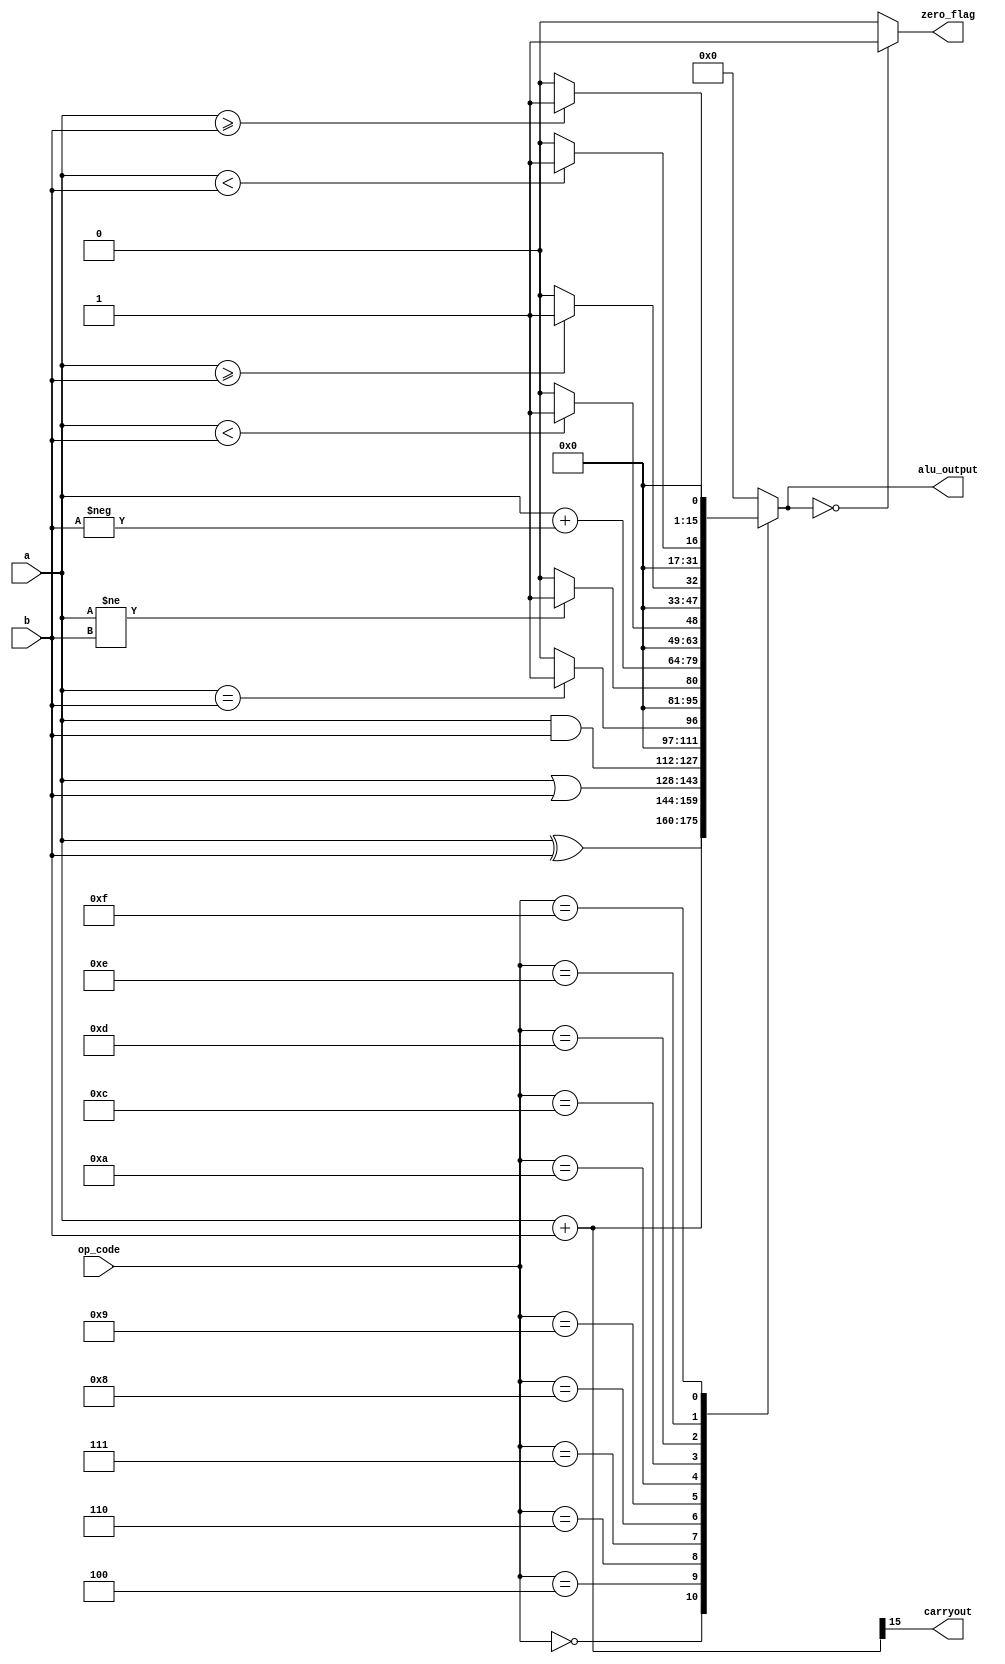
module alu (input [15:0] a,
            input [15:0] b, 
            input [3:0] op_code, 
            output [15:0] alu_output,
            output carryout,
            output zero_flag);
        
        
        reg [15:0] alu_output;
        reg zero_flag;
        assign carryout = ({1'b0,a} + {1'b0,b})>>15; //get the carryout bit and shift it at the zeroth position

    always @ (op_code or a or b)
        begin
            alu_output = 16'h0000;
            zero_flag = 1'b0;
            
            case(op_code) //perform operations based on op-code
                4'b0000:
                    alu_output = a+b;
                4'b0100:
                    alu_output = a^b;
                4'b0110:
                    alu_output = a|b;
                4'b0111:
                    alu_output = a&b;
                4'b1000: //LSB is one when A and B are equal
                    begin
                        if (a==b)
                            alu_output = 16'h0001;
                    end
                4'b1001: 
                    begin
                        if (a!=b)
                            alu_output = 16'h0001;
                    end
                4'b1010:
                    alu_output = a+(-b);
                4'b1100: //LSB is one when A is less than B(signed)
                    begin
                        if($signed(a) < $signed(b))
                            alu_output = 16'h0001;
                    end    
                4'b1101:
                    begin
                        if($signed(a) >= $signed(b))
                            alu_output = 16'h0001;
                    end
                4'b1110:
                    begin
                        if(a < b) //unsigned comparison
                            alu_output = 16'h0001;
                    end
                4'b1111:
                    begin
                        if(a >= b)
                            alu_output = 16'h0001;
                    end
        
                default:
                    alu_output = 0;
            endcase
            
            if (alu_output == 16'h0000) //zero flag will be one when output is zero
                zero_flag = 1'b1;
            else if (alu_output != 16'h0000)
                zero_flag = 1'b0;
        end

endmodule